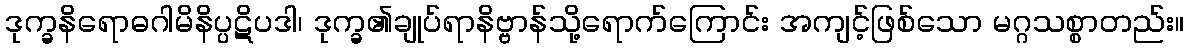
ဒုက္ခနိရောဓဂါမိနိပ္ပဋိပဒါ၊ ဒုက္ခ၏ချုပ်ရာနိဗ္ဗာန်သို့ရောက်ကြောင်း အကျင့်ဖြစ်သော မဂ္ဂသစ္စာတည်း။